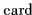
card